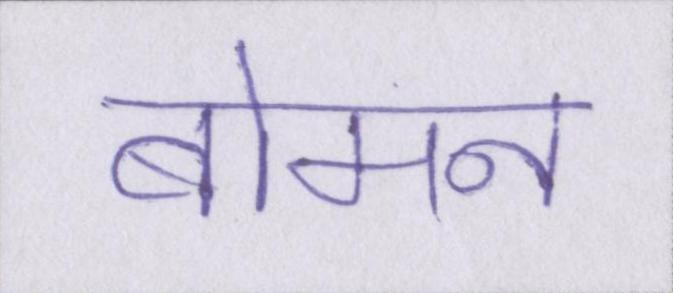
बोमन